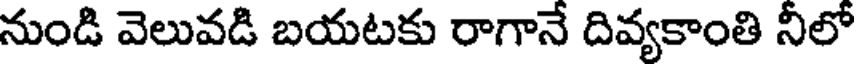
నుండి వెలువడి బయటకు రాగానే దివ్యకాంతి నీలో